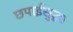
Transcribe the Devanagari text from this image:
छपाईसुद्धा